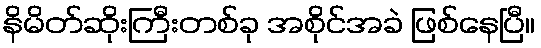
နိမိတ်ဆိုးကြီးတစ်ခု အစိုင်အခဲ ဖြစ်နေပြီ။